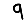
Digit: 9